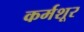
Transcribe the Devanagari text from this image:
कर्मशूर